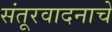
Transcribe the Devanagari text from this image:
संतूरवादनाचे